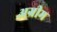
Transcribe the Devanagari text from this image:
अग्रीम